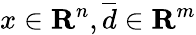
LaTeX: x\in\mathbf{R}^{n},\overline{d}\in\mathbf{R}^{m}